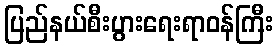
ပြည်နယ်စီးပွားရေးရာဝန်ကြီး